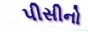
પીસીનો